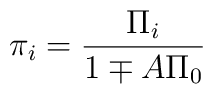
\pi_i=\frac{\Pi_i}{1\mp A\Pi_0}